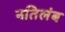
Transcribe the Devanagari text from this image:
नतिलंब